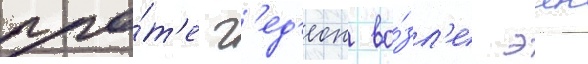
гро́т'е г'ед'еон во́зл'е эин